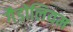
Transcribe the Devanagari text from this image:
गैडोलियम